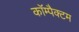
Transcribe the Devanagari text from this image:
कॉम्पैक्टम